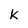
Character: K